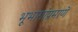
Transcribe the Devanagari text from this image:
भूभागांप्रमाणे